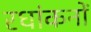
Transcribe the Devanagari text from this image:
रधांकनों